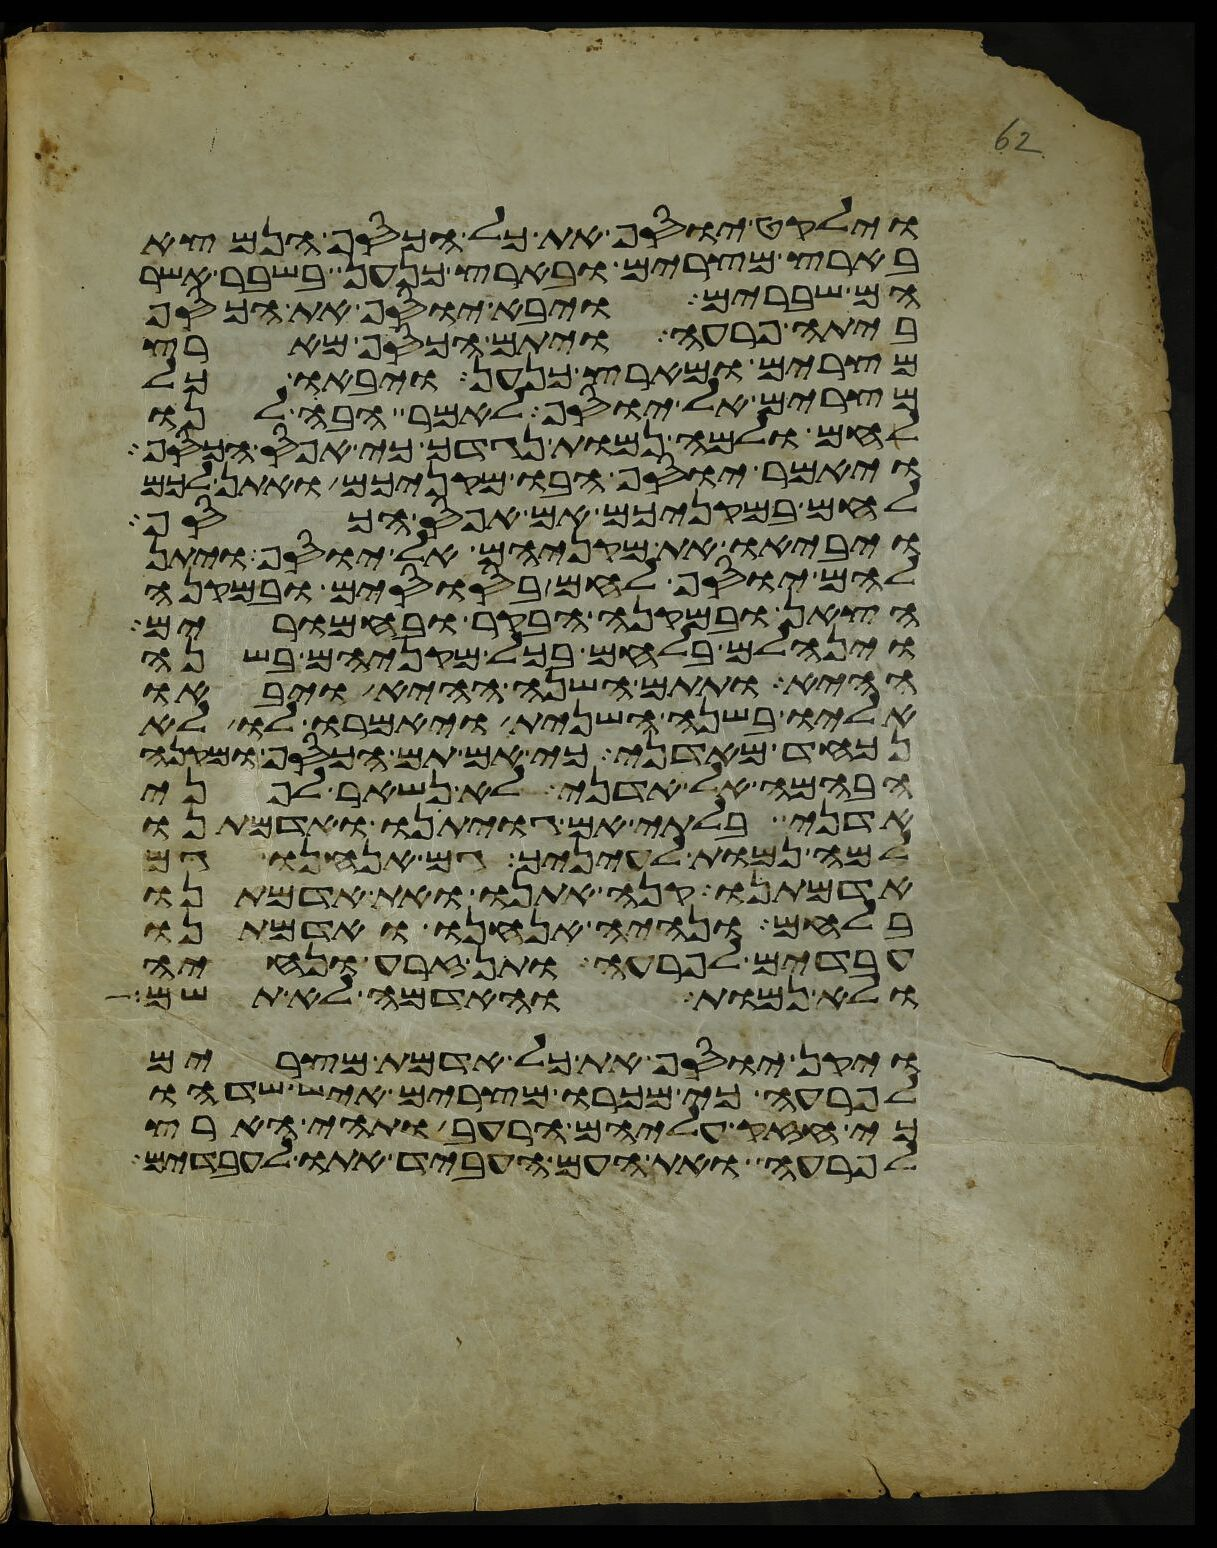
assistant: וילקט יוסף את כל הכסף הנמצא
בארץ מצרים ובארץ כנען בשבר אשר
הם שברים ויבא יוסף את הכסף
ביתה פרעה ויתם הכסף מארץ
מצרים ומארץ כנען ויבאו כל
מצרים אל יוסף לאמר הבה לנו
לחם ולמה נמות נגדך כי אפס הכסף
ויאמר יוסף הבו מקניכם ואתן לכם
לחם במקניכם אם אפס הכסף
ויביאו את מקניהם אל יוסף ויתן
להם יוסף לחם בסוסים ובמקנה
הצאן ובמקנה הבקר ובחמרים
וינחלם בלחם בכל מקניהם בשנה
ההיא ותתם השנה ההיא ויבאו
אליו בשנה השנית ויאמרו לו לא
נכחד מאדני כי אם תם הכסף ומקנה
הבהמה אל אדני לא נשאר לפני
אדני בלתי אם גויתינו ואדמתנו
למה נמות לעיניך גם אנחנו גם
אדמתנו קנה אתנו ואת אדמתנו
בלחם ונהיה אנחנו ואדמתנו
עבדים לפרעה ותן זרע ונחיה
ולא נמות והאדמה לא תשם
ויקן יוסף את כל אדמת מצרים
לפרעה כי מכרו מצרים איש שדהו
כי חזק עליהם הרעב ותהי הארץ
לפרעה ואת העם העביד אתו לעבדים